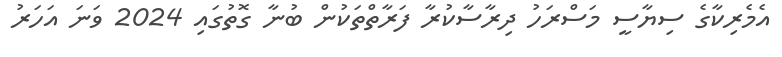
އެމެރިކާގެ ސިޔާސީ މަސްރަހު ދިރާސާކުރާ ފަރާތްތަކުން ބުނާ ގޮތުގައި 2024 ވަނަ އަހަރު